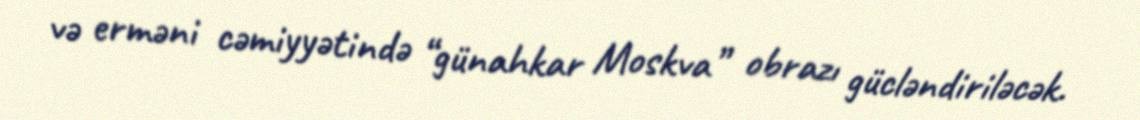
və erməni cəmiyyətində “günahkar Moskva” obrazı gücləndiriləcək.